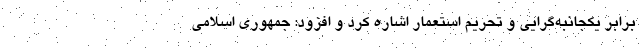
برابر یکجانبه‌گرایی و تحریم استعمار اشاره کرد و افزود: جمهوری اسلامی